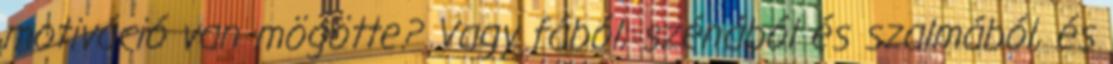
motiváció van mögötte? Vagy fából, szénából és szalmából, és